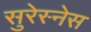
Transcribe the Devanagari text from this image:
सुरेस्नेस